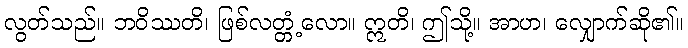
လွတ်သည်။ ဘဝိဿတိ၊ ဖြစ်လတ္တံ့လော။ ဣတိ၊ ဤသို့။ အာဟ၊ လျှောက်ဆို၏။